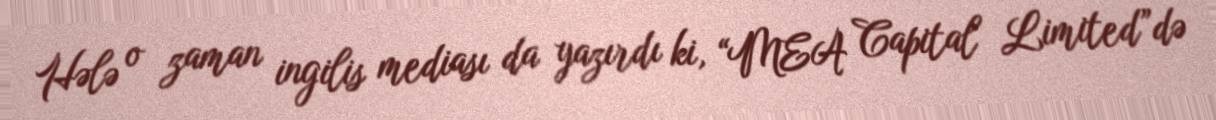
Hələ o zaman ingilis mediası da yazırdı ki, “MEA Capital Limited”də